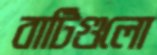
বাটিগুলো